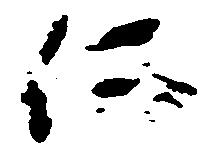
仁